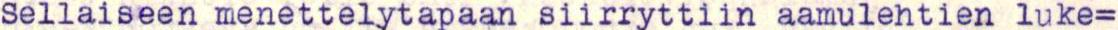
Sellaiseen menettelytapaan siirryttiin aamulehtien luke=